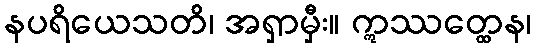
နပရိယေသတိ၊ အရှာမှီး။ ဣဿတ္ထေန၊